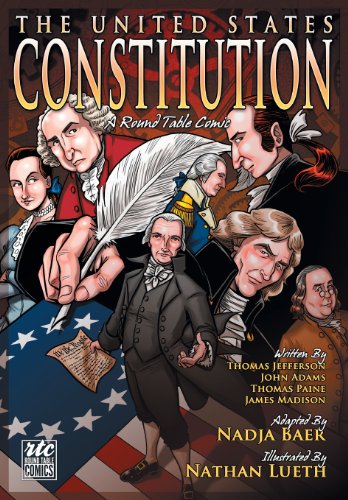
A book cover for The United States Constitution: A Round Table Comic Graphic Adaptation; Thomas Jefferson; Comics & Graphic Novels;